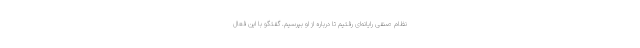
نظام صنفی رایانه‌ای رفتیم تا درباره از او بپرسیم. گفتگو با این فعال